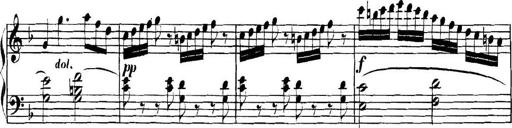
Title: Collected Piano Sonatas
Composer: Muzio Clementi